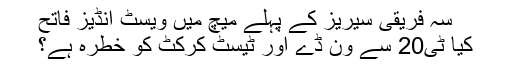
سہ فریقی سیریز کے پہلے میچ میں ویسٹ انڈیز فاتح
کیا ٹی20 سے ون ڈے اور ٹیسٹ کرکٹ کو خطرہ ہے؟